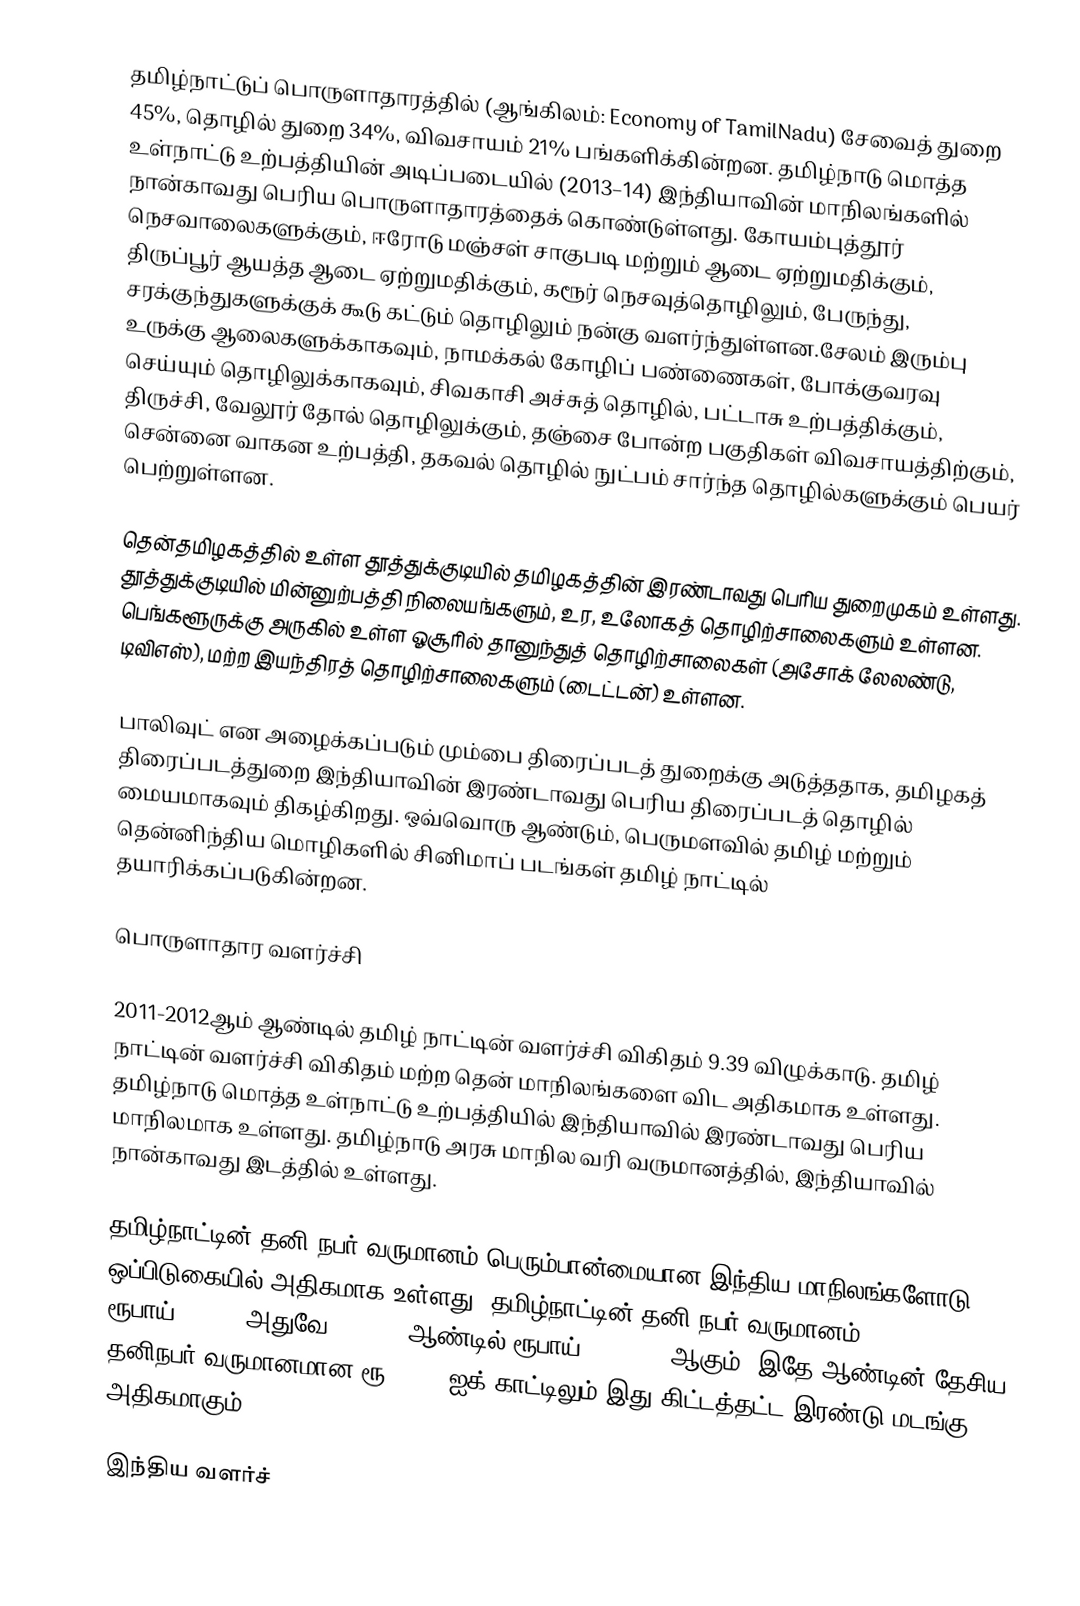
தமிழ்நாட்டுப் பொருளாதாரத்தில் (ஆங்கிலம்: Economy of TamilNadu) சேவைத் துறை 45%, தொழில் துறை 34%, விவசாயம் 21% பங்களிக்கின்றன. தமிழ்நாடு மொத்த உள்நாட்டு உற்பத்தியின் அடிப்படையில் (2013–14) இந்தியாவின் மாநிலங்களில் நான்காவது பெரிய பொருளாதாரத்தைக் கொண்டுள்ளது. கோயம்புத்தூர் நெசவாலைகளுக்கும், ஈரோடு மஞ்சள் சாகுபடி மற்றும் ஆடை ஏற்றுமதிக்கும், திருப்பூர் ஆயத்த ஆடை ஏற்றுமதிக்கும், கரூர் நெசவுத்தொழிலும், பேருந்து, சரக்குந்துகளுக்குக் கூடு கட்டும் தொழிலும் நன்கு வளர்ந்துள்ளன.சேலம் இரும்பு உருக்கு ஆலைகளுக்காகவும், நாமக்கல் கோழிப் பண்ணைகள், போக்குவரவு செய்யும் தொழிலுக்காகவும், சிவகாசி அச்சுத் தொழில், பட்டாசு உற்பத்திக்கும், திருச்சி, வேலூர் தோல் தொழிலுக்கும், தஞ்சை போன்ற பகுதிகள் விவசாயத்திற்கும், சென்னை வாகன உற்பத்தி, தகவல் தொழில் நுட்பம் சார்ந்த தொழில்களுக்கும் பெயர் பெற்றுள்ளன.

தென்தமிழகத்தில் உள்ள தூத்துக்குடியில் தமிழகத்தின் இரண்டாவது பெரிய துறைமுகம் உள்ளது. தூத்துக்குடியில் மின்னுற்பத்தி நிலையங்களும், உர, உலோகத் தொழிற்சாலைகளும் உள்ளன.  பெங்களூருக்கு அருகில் உள்ள  ஓசூரில் தானுந்துத் தொழிற்சாலைகள் (அசோக் லேலண்டு, டிவிஎஸ்), மற்ற இயந்திரத் தொழிற்சாலைகளும் (டைட்டன்) உள்ளன.

பாலிவுட் என அழைக்கப்படும் மும்பை திரைப்படத் துறைக்கு அடுத்ததாக, தமிழகத் திரைப்படத்துறை இந்தியாவின் இரண்டாவது பெரிய திரைப்படத் தொழில் மையமாகவும் திகழ்கிறது. ஒவ்வொரு ஆண்டும், பெருமளவில் தமிழ் மற்றும் தென்னிந்திய மொழிகளில் சினிமாப் படங்கள் தமிழ் நாட்டில் தயாரிக்கப்படுகின்றன.

பொருளாதார  வளர்ச்சி

2011-2012ஆம் ஆண்டில் தமிழ் நாட்டின் வளர்ச்சி விகிதம் 9.39 விழுக்காடு. தமிழ் நாட்டின் வளர்ச்சி விகிதம் மற்ற தென் மாநிலங்களை விட அதிகமாக உள்ளது. தமிழ்நாடு மொத்த உள்நாட்டு உற்பத்தியில் இந்தியாவில் இரண்டாவது பெரிய மாநிலமாக உள்ளது. தமிழ்நாடு அரசு மாநில வரி வருமானத்தில், இந்தியாவில் நான்காவது இடத்தில் உள்ளது.

தமிழ்நாட்டின் தனி நபர் வருமானம் பெரும்பான்மையான இந்திய மாநிலங்களோடு ஒப்பிடுகையில் அதிகமாக உள்ளது. தமிழ்நாட்டின் தனி நபர் வருமானம் (2012–13) ரூபாய் 98,550  அதுவே 2016–17 ஆண்டில் ரூபாய் 1,57,116 ஆகும்.  இதே ஆண்டின் தேசிய தனிநபர் வருமானமான ரூ.82,229ஐக் காட்டிலும் இது கிட்டத்தட்ட இரண்டு மடங்கு அதிகமாகும்.

இந்திய வளர்ச்